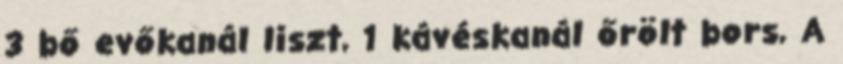
3 bő evőkanál liszt, 1 kávéskanál őrölt bors, A